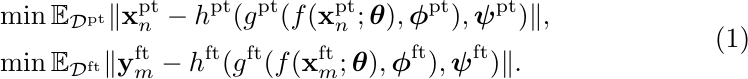
\begin{equation}
\begin{aligned}
&\min\mathbb{E}_{\mathcal{D}^\mathrm{pt}}\|\mathbf{x}_n^\mathrm{pt}-h^\mathrm{pt}(g^\mathrm{pt}(f(\mathbf{x}_n^\mathrm{pt};\boldsymbol{\theta}),\boldsymbol{\phi}^\mathrm{pt}),\boldsymbol{\psi}^\mathrm{pt})\|,\\
&\min\mathbb{E}_{\mathcal{D}^\mathrm{ft}}\|\mathbf{y}_m^\mathrm{ft}-h^\mathrm{ft}(g^\mathrm{ft}(f(\mathbf{x}_m^\mathrm{ft};\boldsymbol{\theta}),\boldsymbol{\phi}^\mathrm{ft}),\boldsymbol{\psi}^\mathrm{ft})\|.
\end{aligned}
\end{equation}